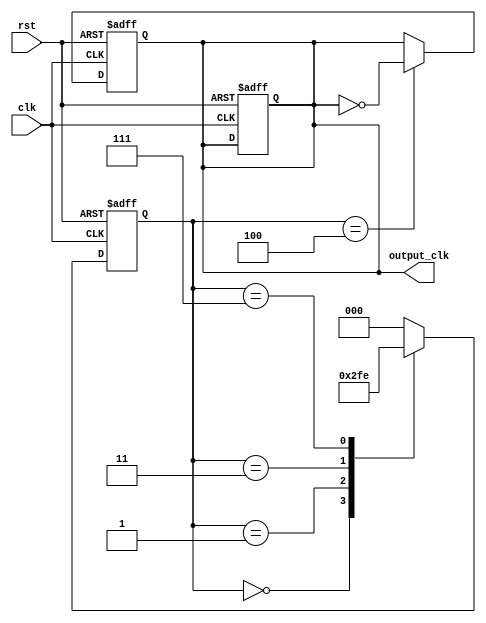
module johnson_counter_clock_divider (
    input wire clk,
    input wire rst,
    output reg output_clk
);

reg [2:0] counter;

always @(posedge clk or posedge rst) begin
    if (rst) begin
        counter <= 3'b000;
        output_clk <= 1'b0;
    end else begin
        case (counter)
            3'b000: counter <= 3'b001;
            3'b001: counter <= 3'b011;
            3'b011: counter <= 3'b111;
            3'b111: counter <= 3'b110;
            default: counter <= 3'b000;
        endcase
    end
end

always @(posedge clk or posedge rst) begin
    if (rst) begin
        output_clk <= 1'b0;
    end else begin
        if (counter == 3'b100) begin
            output_clk <= ~output_clk;
        end
    end
end

endmodule